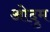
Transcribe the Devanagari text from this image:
ओदुम